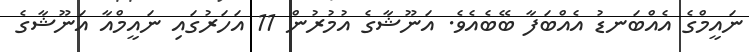
ނައީމްގެ އެއްބަނޑު އެއްބަފާ ބޭބެއެވެ. އަނޫޝާގެ އުމުރުން 11 އަހަރުގައި ނައީމްއާ އަނޫޝާގެ